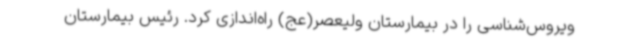
ویروس‌شناسی را در بیمارستان ولیعصر(عج) راه‌اندازی کرد. رئیس بیمارستان